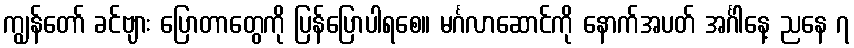
ကျွန်တော် ခင်ဗျား ပြောတာတွေကို ပြန်ပြောပါရစေ။ မင်္ဂလာဆောင်ကို နောက်အပတ် အင်္ဂါနေ့ ညနေ ၇